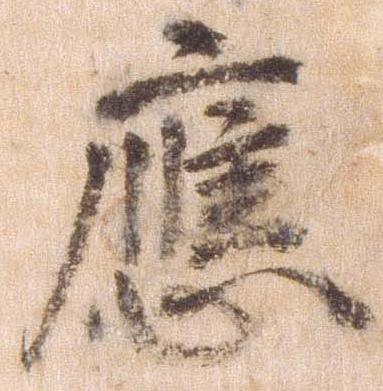
応